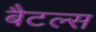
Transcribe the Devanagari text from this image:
बैटल्स